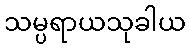
သမ္ပရာယသုခါယ